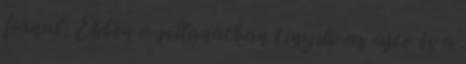
fiának. Ebben a pillanatban kinyílt az ajtó és a